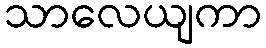
သာလေယျကာ